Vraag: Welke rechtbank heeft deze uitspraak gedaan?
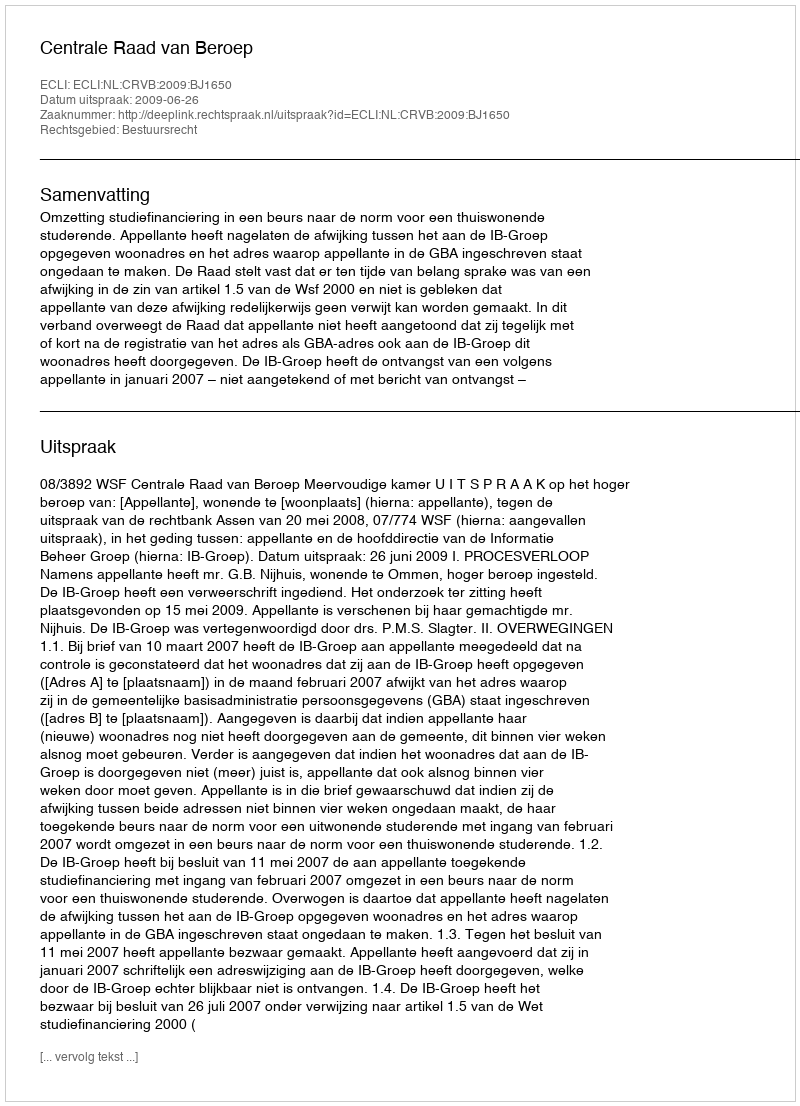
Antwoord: Centrale Raad van Beroep